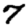
Digit: 7